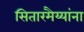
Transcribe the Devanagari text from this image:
सितारमैय्यांना